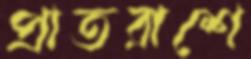
প্রাতরাশে